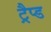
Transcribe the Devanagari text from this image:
ट्रैप्ड